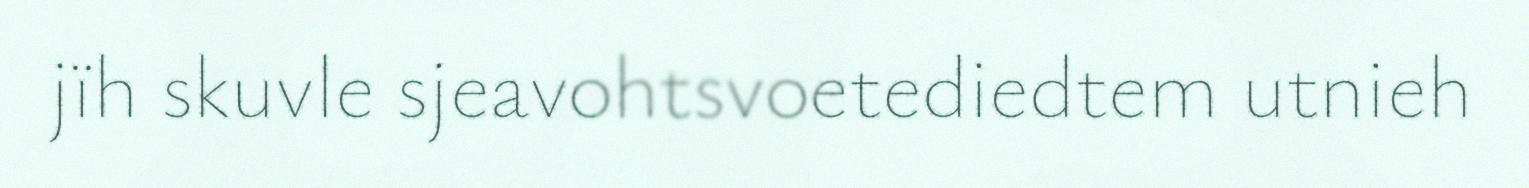
jïh skuvle sjeavohtsvoetediedtem utnieh